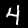
Label: 4